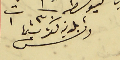
فى ٣٠ ت١ رئىس بلدية كفرشيما